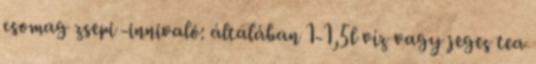
csomag zsepi -innivaló: általában 1-1,5l víz vagy jeges tea